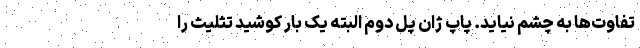
تفاوت‌ها به چشم نیاید. پاپ ژان پل دوم البته یک بار کوشید تثلیث را